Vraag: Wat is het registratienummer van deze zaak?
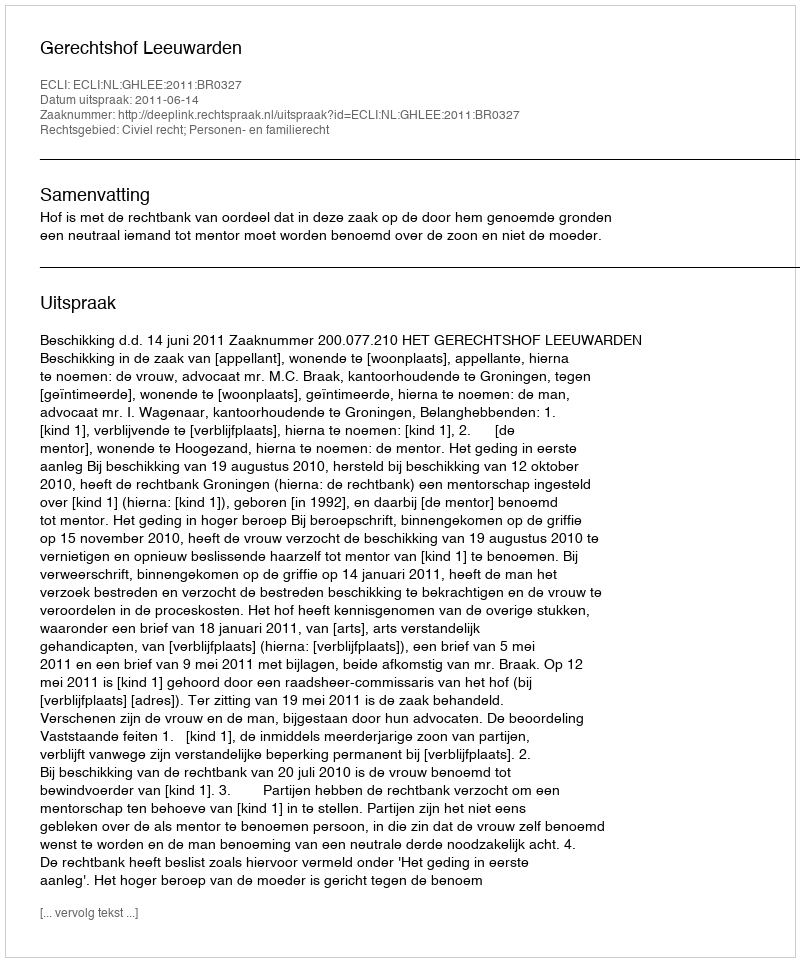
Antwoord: http://deeplink.rechtspraak.nl/uitspraak?id=ECLI:NL:GHLEE:2011:BR0327